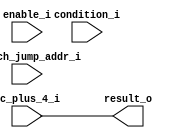
module PC_control
#(
	parameter N = 32
)(
	input [0:0] condition_i,
	input [0:0] enable_i,
	input [N-1:0] pc_plus_4_i,
	input [N-1:0] branch_jump_addr_i,
	output [N-1:0] result_o
);
	
	assign result_o = pc_plus_4_i;
endmodule